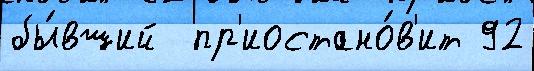
бы́вший  пр'иостано́в'ит 92